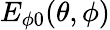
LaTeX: E_{\phi 0}(\theta,\phi)